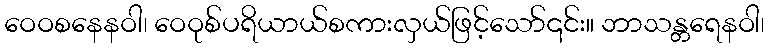
ဝေဝစနေနဝါ၊ ဝေဝုစ်ပရိယာယ်စကားလှယ်ဖြင့်သော်၎င်း။ ဘာသန္တရေနဝါ၊